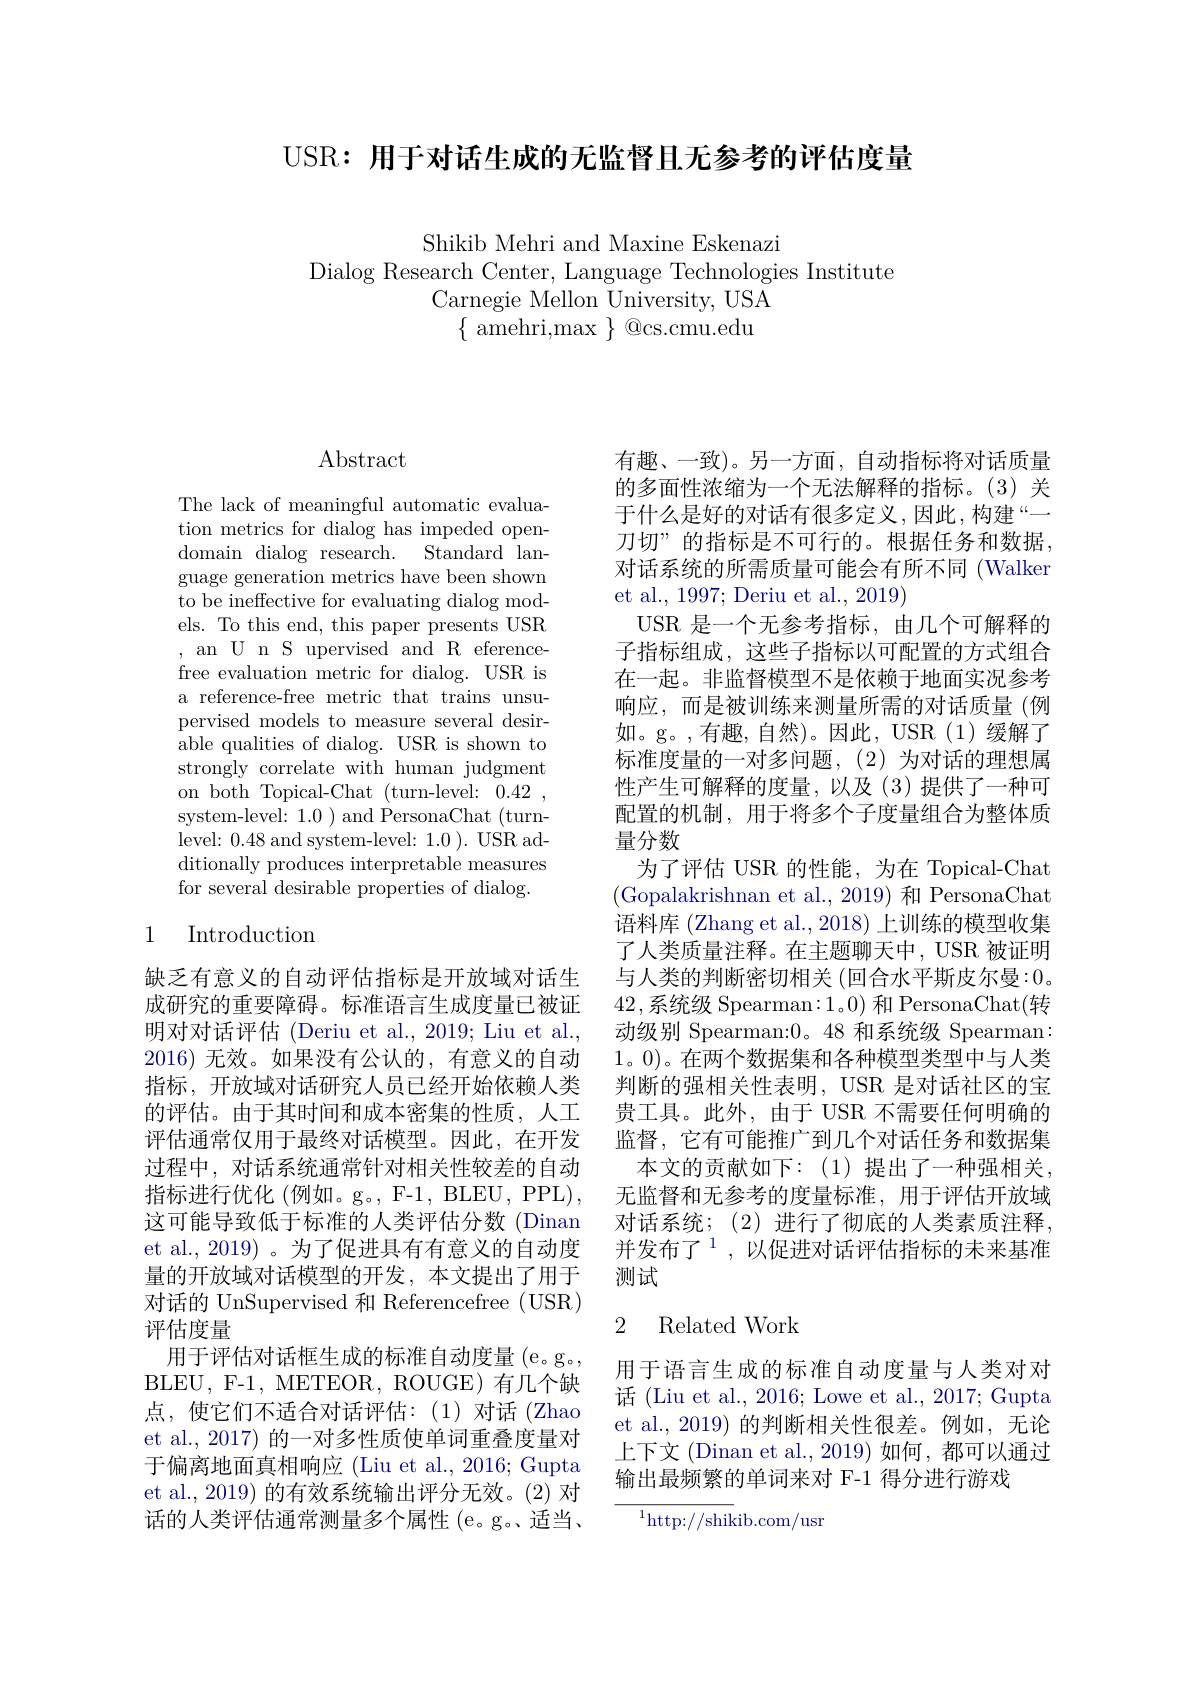
USR: 用于对话生成的无监督且无参考的评估度量

Shikib Mehri and Maxine Eskenazi
Dialog Research Center, Language Technologies Institute
Carnegie Mellon University, USA
$\{{\mathrm{~amehri,max~}}\}{\mathrm{~@cs.cmu.edu}}$

## $\operatorname{Abstract}$

The lack of meaningful automatic evaluation metrics for dialog has impeded opendomain dialog research. Standard language generation metrics have been shown to be ineffective for evaluating dialog models. To this end, this paper presents USR ,an U n S upervised and R eferencefree evaluation metric for dialog. USR is a reference-free metric that trains unsupervised models to measure several desirable qualities of dialog. USR is shown to strongly correlate with human judgment on both Topical-Chat (turn-level: 0.42, system-level: 1.0) and PersonaChat (turnlevel: 0.48 and system-level: 1.0). USR additionally produces interpretable measures for several desirable properties of dialog.

## 1 Introduction

缺乏有意义的自动评估指标是开放域对话生成研究的重要障碍。标准语言生成度量已被证明对对话评估 (Deriu et al., 2019; Liu et al., 2016)无效。如果没有公认的，有意义的自动指标，开放域对话研究人员已经开始依赖人类的评估。由于其时间和成本密集的性质，人工评估通常仅用于最终对话模型。因此，在开发过程中，对话系统通常针对相关性较差的自动指标进行优化 (例如。g。, F-1, BLEU, PPL), 这可能导致低于标准的人类评估分数 (Dinan et al., 2019) 。为了促进具有有意义的自动度量的开放域对话模型的开发，本文提出了用于对话的 UnSupervised 和 Referencefree ( USR) 评估度量
用于评估对话框生成的标准自动度量 (e。g。, BLEU, F-1, METEOR, ROUGE) 有几个缺点，使它们不适合对话评估：(1)对话(Zhao et al., 2017) 的一对多性质使单词重叠度量对于偏离地面真相响应 (Liu et al., 2016; Gupta et al., 2019) 的有效系统输出评分无效。(2) 对话的人类评估通常测量多个属性(e。g。、适当、

有趣、一致)。另一方面，自动指标将对话质量的多面性浓缩为一个无法解释的指标。(3) 关于什么是好的对话有很多定义，因此，构建“一刀切”的指标是不可行的。根据任务和数据， 对话系统的所需质量可能会有所不同 (Walker et al., 1997; Deriu et al., 2019)
USR 是一个无参考指标，由几个可解释的子指标组成，这些子指标以可配置的方式组合在一起。非监督模型不是依赖于地面实况参考响应，而是被训练来测量所需的对话质量(例如。g。,有趣，自然)。因此，USR(1)缓解了标准度量的一对多问题，(2)为对话的理想属性产生可解释的度量，以及(3)提供了一种可配置的机制，用于将多个子度量组合为整体质量分数
为了评估 USR 的性能，为在 Topical-Chat (Gopalakrishnan et al.,2019) 和 PersonaChat 语料库 (Zhang et al., 2018) 上训练的模型收集了人类质量注释。在主题聊天中，USR 被证明与人类的判断密切相关 (回合水平斯皮尔曼：0。42,系统级 Spearman:1。0) 和 PersonaChat(转动级别 Spearman:0。48 和系统级 Spearman: 1。0)。在两个数据集和各种模型类型中与人类判断的强相关性表明，USR 是对话社区的宝贵工具。此外，由于 USR 不需要任何明确的监督，它有可能推广到几个对话任务和数据集
本文的贡献如下：(1)提出了一种强相关， 无监督和无参考的度量标准，用于评估开放域对话系统；(2)进行了彻底的人类素质注释， 并发布了$^1$,以促进对话评估指标的未来基准测试

## 2 Related Work

用于语言生成的标准自动度量与人类对对话 (Liu et al., 2016; Lowe et al., 2017; Gupta et al.,2019)的判断相关性很差。例如，无论上下文 (Dinan et al., 2019) 如何，都可以通过输出最频繁的单词来对 F-1 得分进行游戏

$^{1}$http://shikib.com/usr